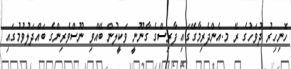
ހޮނިހިރު ދުވަހުގެ ރޭ މ.އެންދެރިމާގޭގައި ފާރިސްގެ ގާނޫނީ ވަކީލުން ބޭއްވި ނޫސްވެރިންގެ ބައްދަލުވުމުގައި